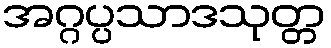
အဂ္ဂပ္ပသာဒသုတ္တ